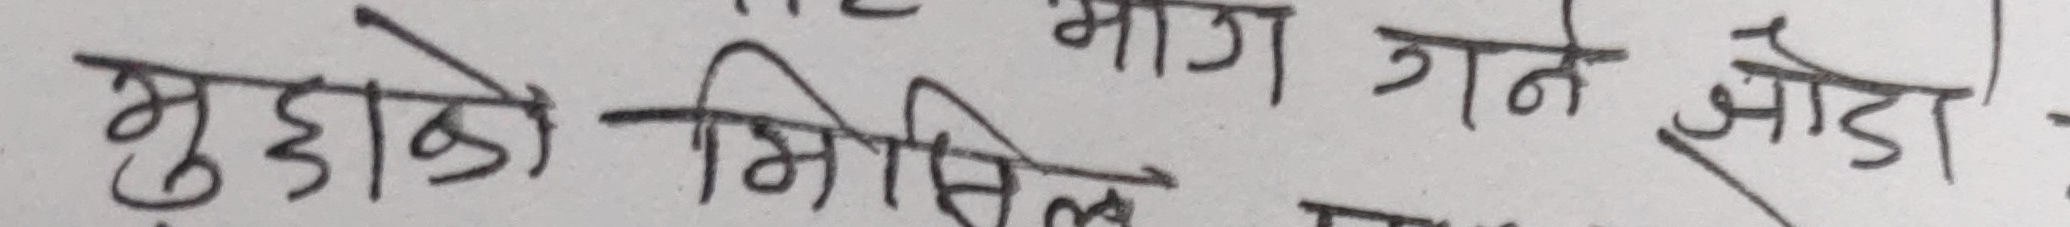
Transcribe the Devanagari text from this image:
मुडाई मिसिल भाग गने जोडा